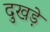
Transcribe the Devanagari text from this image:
दुखड़े